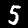
Label: 5